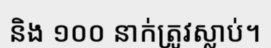
និង ១០០ នាក់ត្រូវស្លាប់។